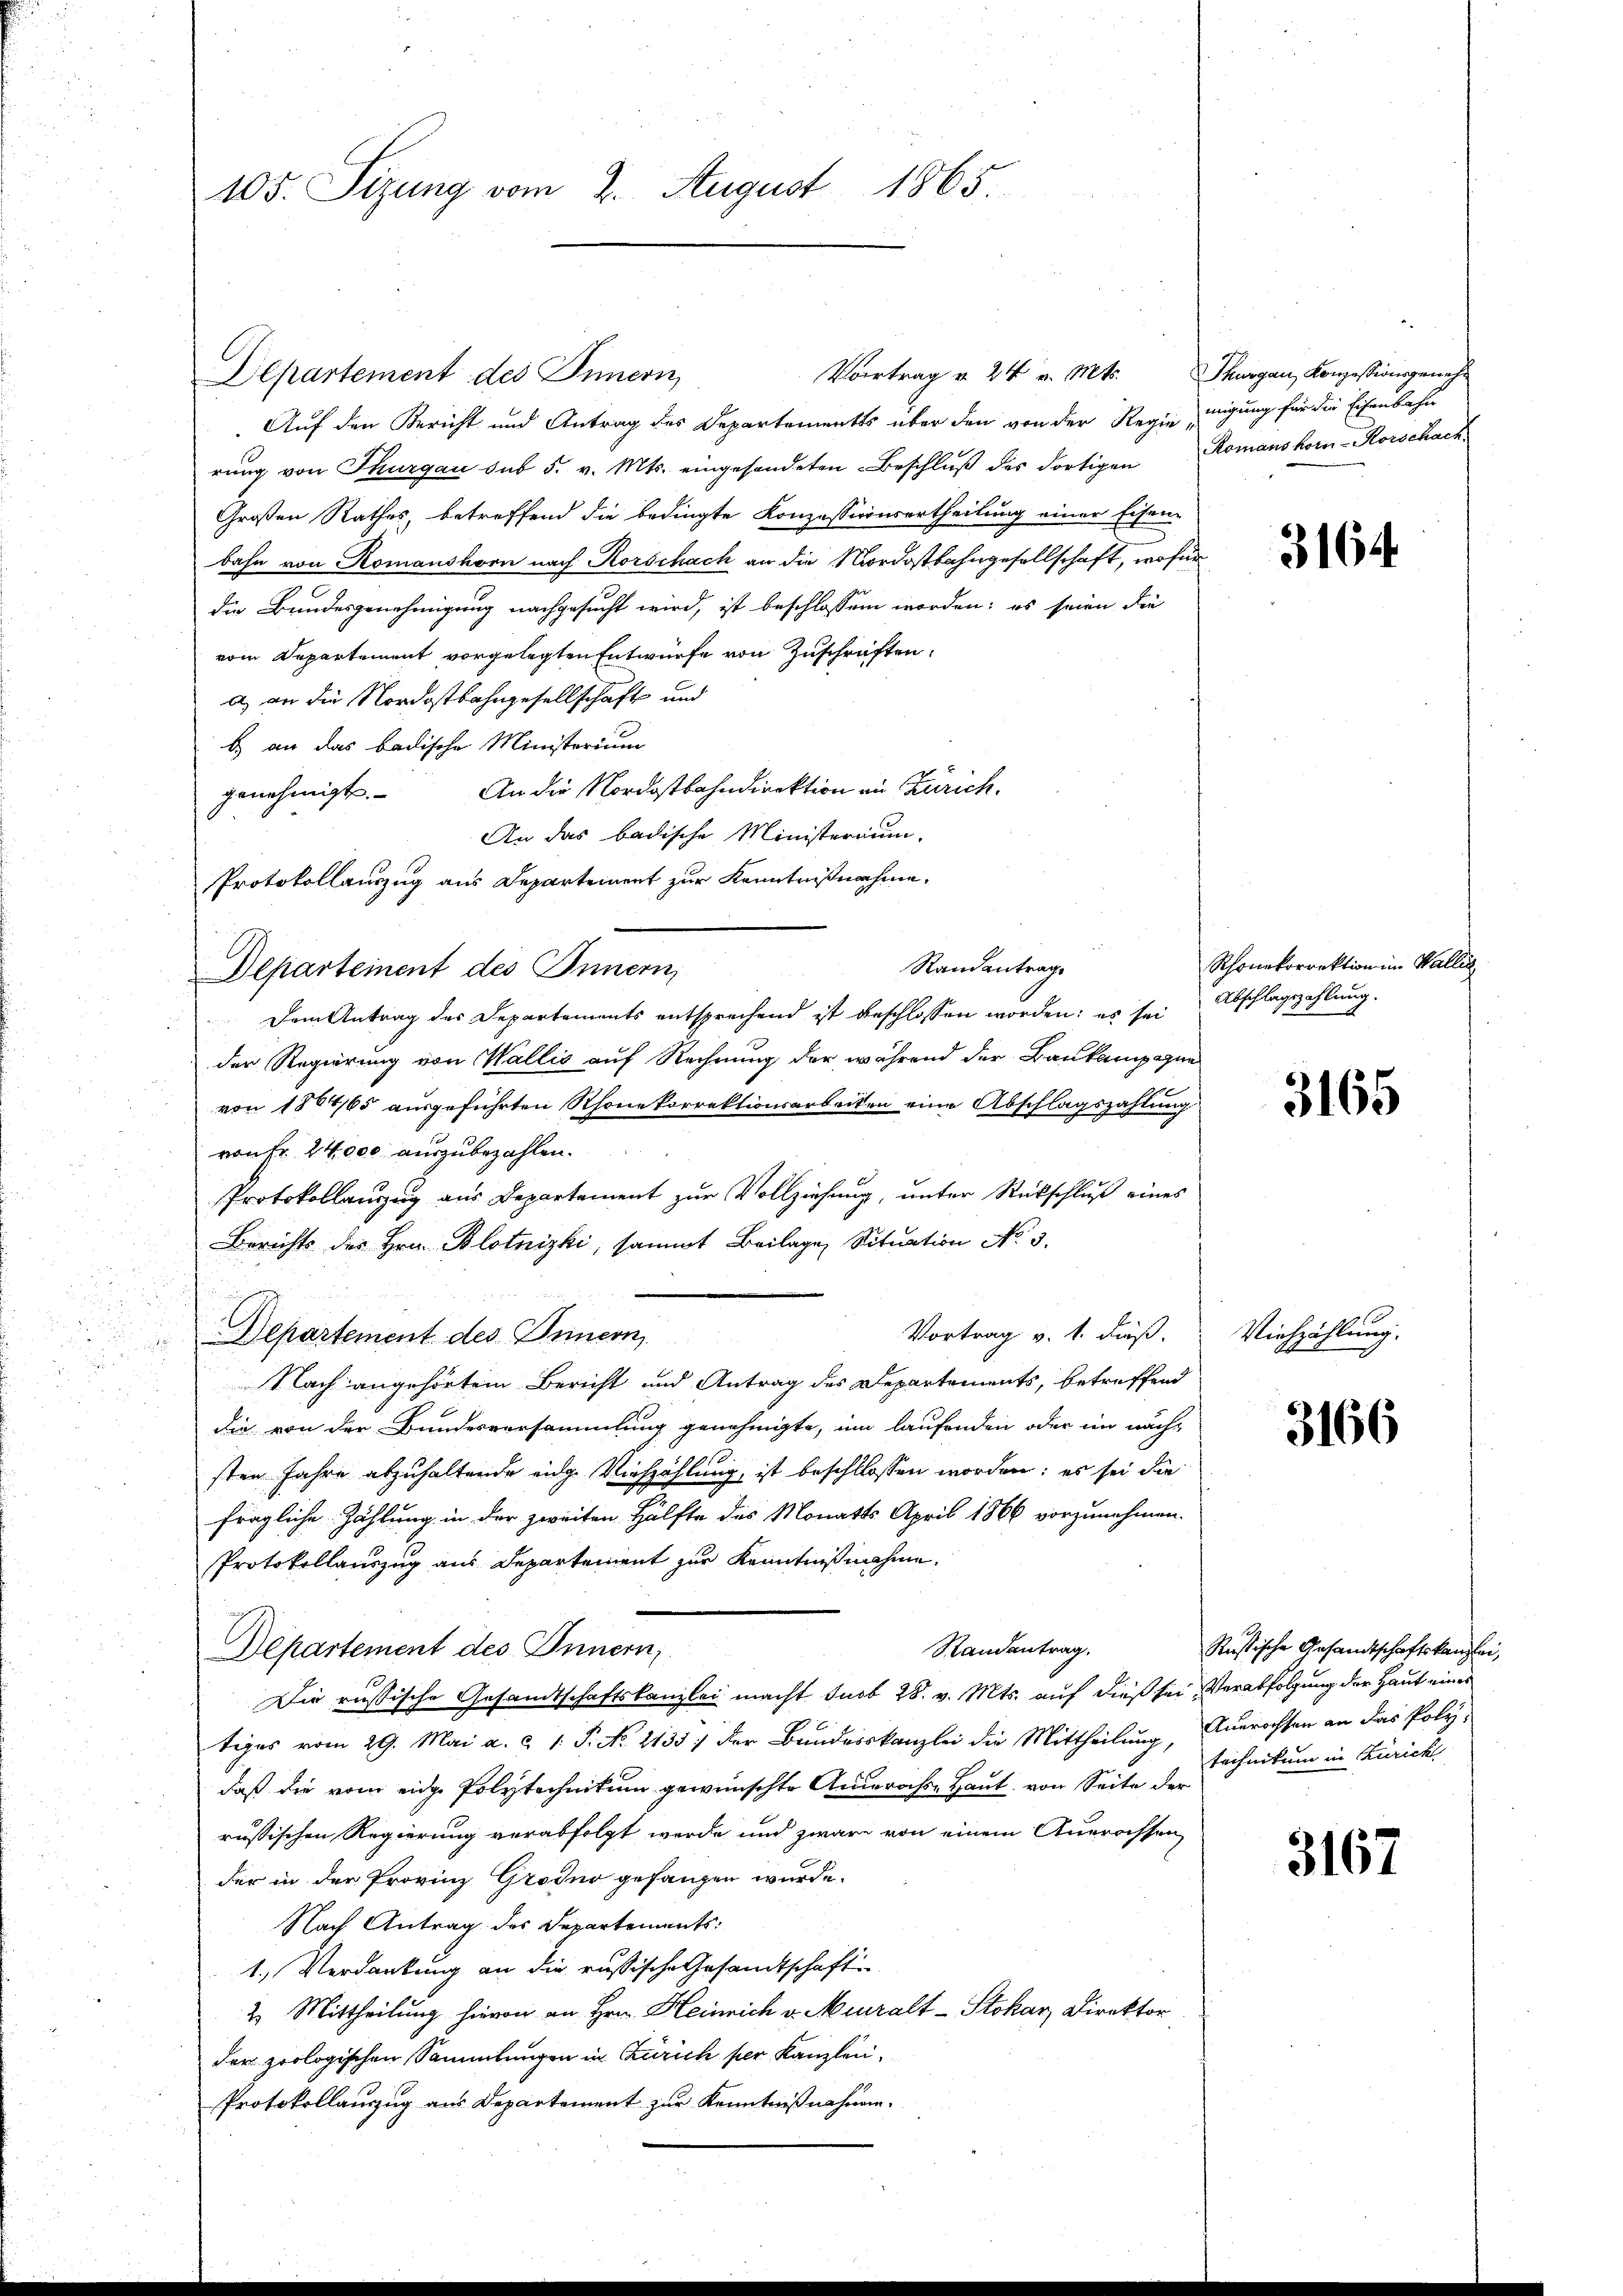
105. Sizung vom 2. August 1865.

Departement des Innern,
Auf den Bericht und Antrag des Departements über den von der Regie migung für die Eisenbahn
rŭng von Thurgau sub 5. v. Mts. eingesandeten Beschlŭβ des dortigen Romanshor-Korschach
Großen Rathes, betreffend die bedingte Konzessionsertheilung einer Eisen-
bahn von Komanshorn nach Korschach an die Mordostbahngesellschaft, wofür
die Bundesgenehmigung nachgesucht wird, ist beschlossen worden; es seien die
vom Departement vorgelegten Entwurfe von Zuschriften.
a) an die Nordostbahngesellschaft und
b) an das badische Ministerium
genehmigt. An die Nordostbahndirektion in Zürich.
An das badische Ministerium.
Protokollauszug aus Departement zur Kenntnißnahme.
Departement des Innern,
Dem Antrag des Departements entsprechend ist beschlossen worden; es sei Abschlagszahlung.
der Regierung von Wallis auf Rechnung der während der Baukampagne
von 1884/65 ausgeführten Rhonekorrektionsarbeiten eine Abschlagszahlung
von Fr. 24000 auszubezahlen.
Protokollauszug aus Departement zur Vollziehung, unter Rückschluß eines
Berichts des Hrn. Blotnizki, sammt Beilage Situation No. 3.
Vortrag v. 1. dieß.
Departement des Innern
Nach angehörtem Bericht und Antrag des Departements, betreffend
die von der Bundesversammlung genehmigte, um laufenden oder im näch-
sten Jahre abzuhaltende eige Viehzählung, ist beschllossen worden; es sei die
fragliche Zählung in der zweiten Hälfte des Monatts April 1866 vorzunehmen.
Protokollauszug aus Departement zur Kenntnißnahme.
Standentrag.
Departement des Innern,
Die russische Gesandtschaftskanzlei macht sub 28. v. Mts. auf dieß sei, Verabfolgung der Haut eines
tiges vom 29. Mai a. c. 1. P. No. 2135; der Bundesskanzlei die Mittheilung, Ausrechsen an das Poly-
daß die vom eide Polytechnikum gewünschte Anderachte Haut von Seite der
russischen Regierung verabfolgt werde und zware von einem Auerassen
der in der Provinz Grodno gefangen wurde.
Nach Antrag des Departements:
1. Verdankung an die russische Gesandtschafte
2. Mittheilung hievon an Hrn. Heinrich v. Muralt-Stokar, Direktor
der zoologischen Sammlungen in Zürich per Kanzlei¬
Protokollauszug aus Departement zur Kenntnißnahmen.

Vortrag v. 24 v. Mts.

Randantrag

Thurgau, Konzessionsgenehm

3164

Rhonekorrektion im Wallis

3165

Viehzählung.

3166

Rustische Gesandtschaftskanzlei,
technikum in Zürich

3167